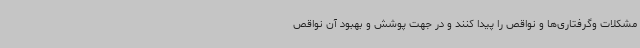
مشکلات وگرفتاری‌ها و نواقص را پیدا کنند و در جهت پوشش و بهبود آن نواقص